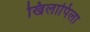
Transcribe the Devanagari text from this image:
खिलापिला